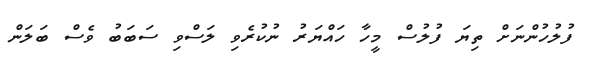
ފުލުުހުންނަށް ތިޔަ ފުލުސް މީހާ ހައްޔަރު ނުކުރެވި ލަސްވި ސަބަބު ވެސް ބަލަން